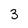
Character: 3